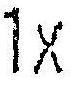
1X